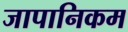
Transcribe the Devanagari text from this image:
जापानिकम